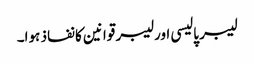
لیبر پالیسی اور لیبر قوانین کا نفاذ ہوا۔